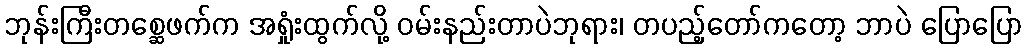
ဘုန်းကြီးတစ္ဆေဖက်က အရှုံးထွက်လို့ ဝမ်းနည်းတာပဲဘုရား၊ တပည့်တော်ကတော့ ဘာပဲ ပြောပြော